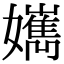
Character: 𡣸